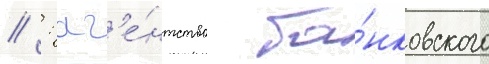
// : аг'е́нтство ба́нковского